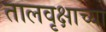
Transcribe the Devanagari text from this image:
तालवृक्षाच्या